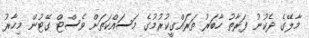
މާލޭގެ ދެކުނު ފަރާތު ހާބަރު ތަރައްގީކުރުމުގެ މަސައްކަތަށް ވެސްޓް ގޭޓުން މިހާރު